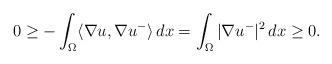
LaTeX: \begin{align*} &0 \geq -\int_{\Omega}\langle\nabla u,\nabla u^-\rangle\,dx = \int_{\Omega}|\nabla u^-|^2\,dx\geq 0. \end{align*}